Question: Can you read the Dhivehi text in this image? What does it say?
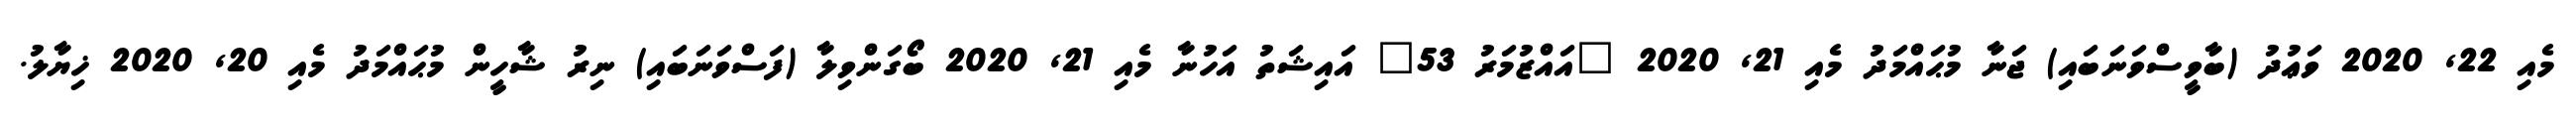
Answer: މެއި 22, 2020 ވަޢުދު (ބާވީސްވަނަބައި) ޖަނާ މުޙައްމަދު މެއި 21, 2020 "އައްޒުމަރު 53" އައިޝަތު އަހުނާ މެއި 21, 2020 ބޯގަންވިލާ (ފަސްވަނަބައި) ނިރު ޝާހީން މުޙައްމަދު މެއި 20, 2020 ޚިޔާލު.